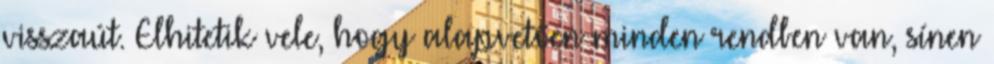
visszaút. Elhi­te­tik vele, hogy alapvetően minden rendben van, sínen